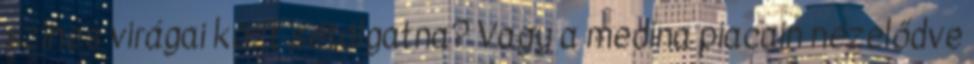
színes virágai közt sétálgatna? Vagy a medina piacain nézelődve